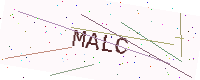
Text: MALC